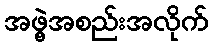
အဖွဲ့အစည်းအလိုက်